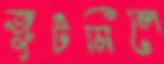
জুটমিলে